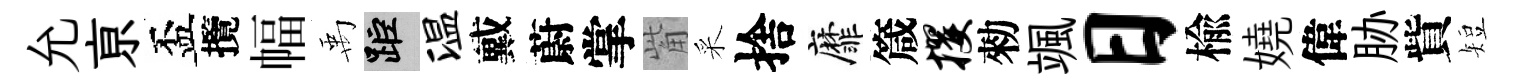
允亰盃攬幅禹距温戴蔚掌觜采捨靡箴攫勑颯日楡嬈偉胁貲短